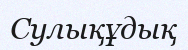
Сулықұдық